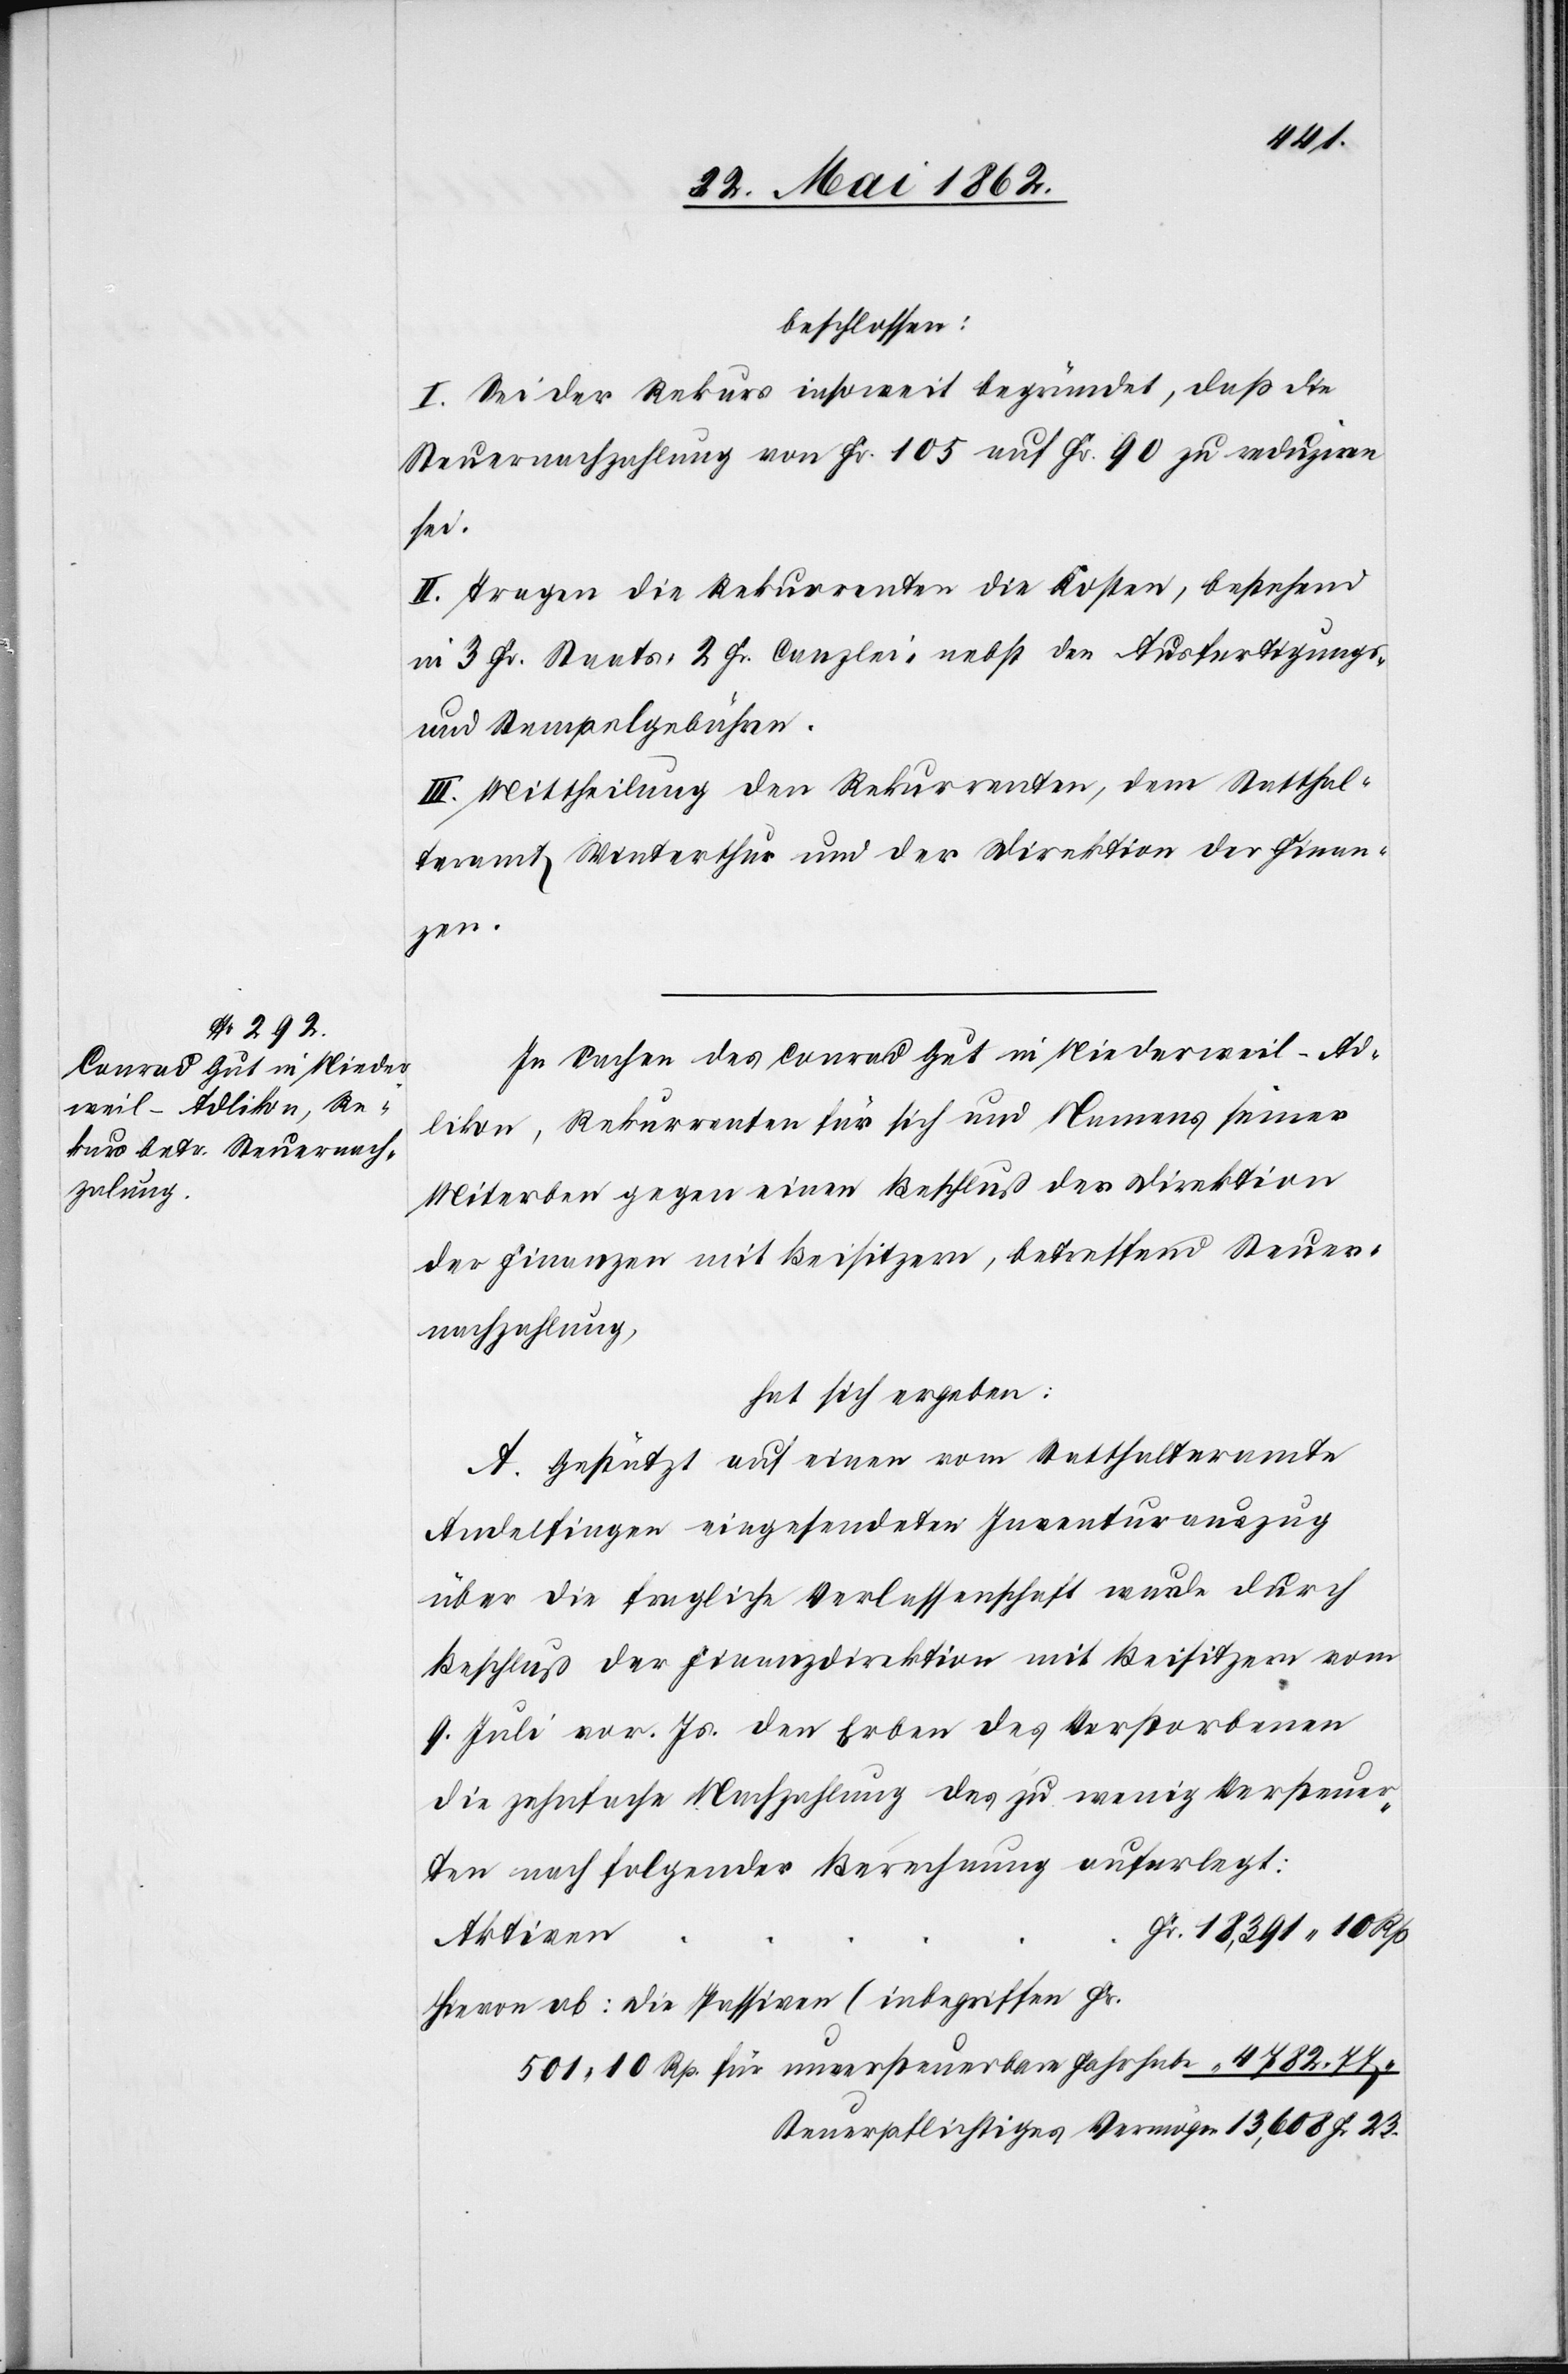
4782
beschlossen:
I. Sei der Rekurs insoweit begründet, daß die
Steuernachzahlung von Fr. 105 auf Fr. 90 zu reduziren
sei.
II. Tragen die Rekurrenten die Kosten, bestehend
in 3 Fr. Staats-[,] 2 Fr. Canzlei- nebst den Ausfertigungs-
und Stempelgebühren.
III. Mittheilung den Rekurrenten, dem Statthal¬
teramt Winterthur und der Direktion der Finan¬
zen.
In Sachen des Conrad Gut in Niederweil-Ad¬
likon, Rekurrenten für sich und Namens seiner
Miterben gegen einen Beschluß der Direktion
der Finanzen mit Beisitzern, betreffend Steuer¬
nachzahlung,
hat sich ergeben:
A. Gestützt auf einen vom Statthalteramte
Andelfingen eingesendeten Inventurauszug
über die fragliche Verlassenschaft wurde durch
Beschluß der Finanzdirektion mit Beisitzern vom
9. Juli vor. Js. den Erben des Verstorbenen
die zehnfache Nachzahlung des zu wenig Versteuer¬
ten nach folgender Berechnung auferlegt:
Aktiven
Hievon ab: Die Passiven (inbegriffen Fr.
501 10 Rp. für unversteuerbare Fahrhabe